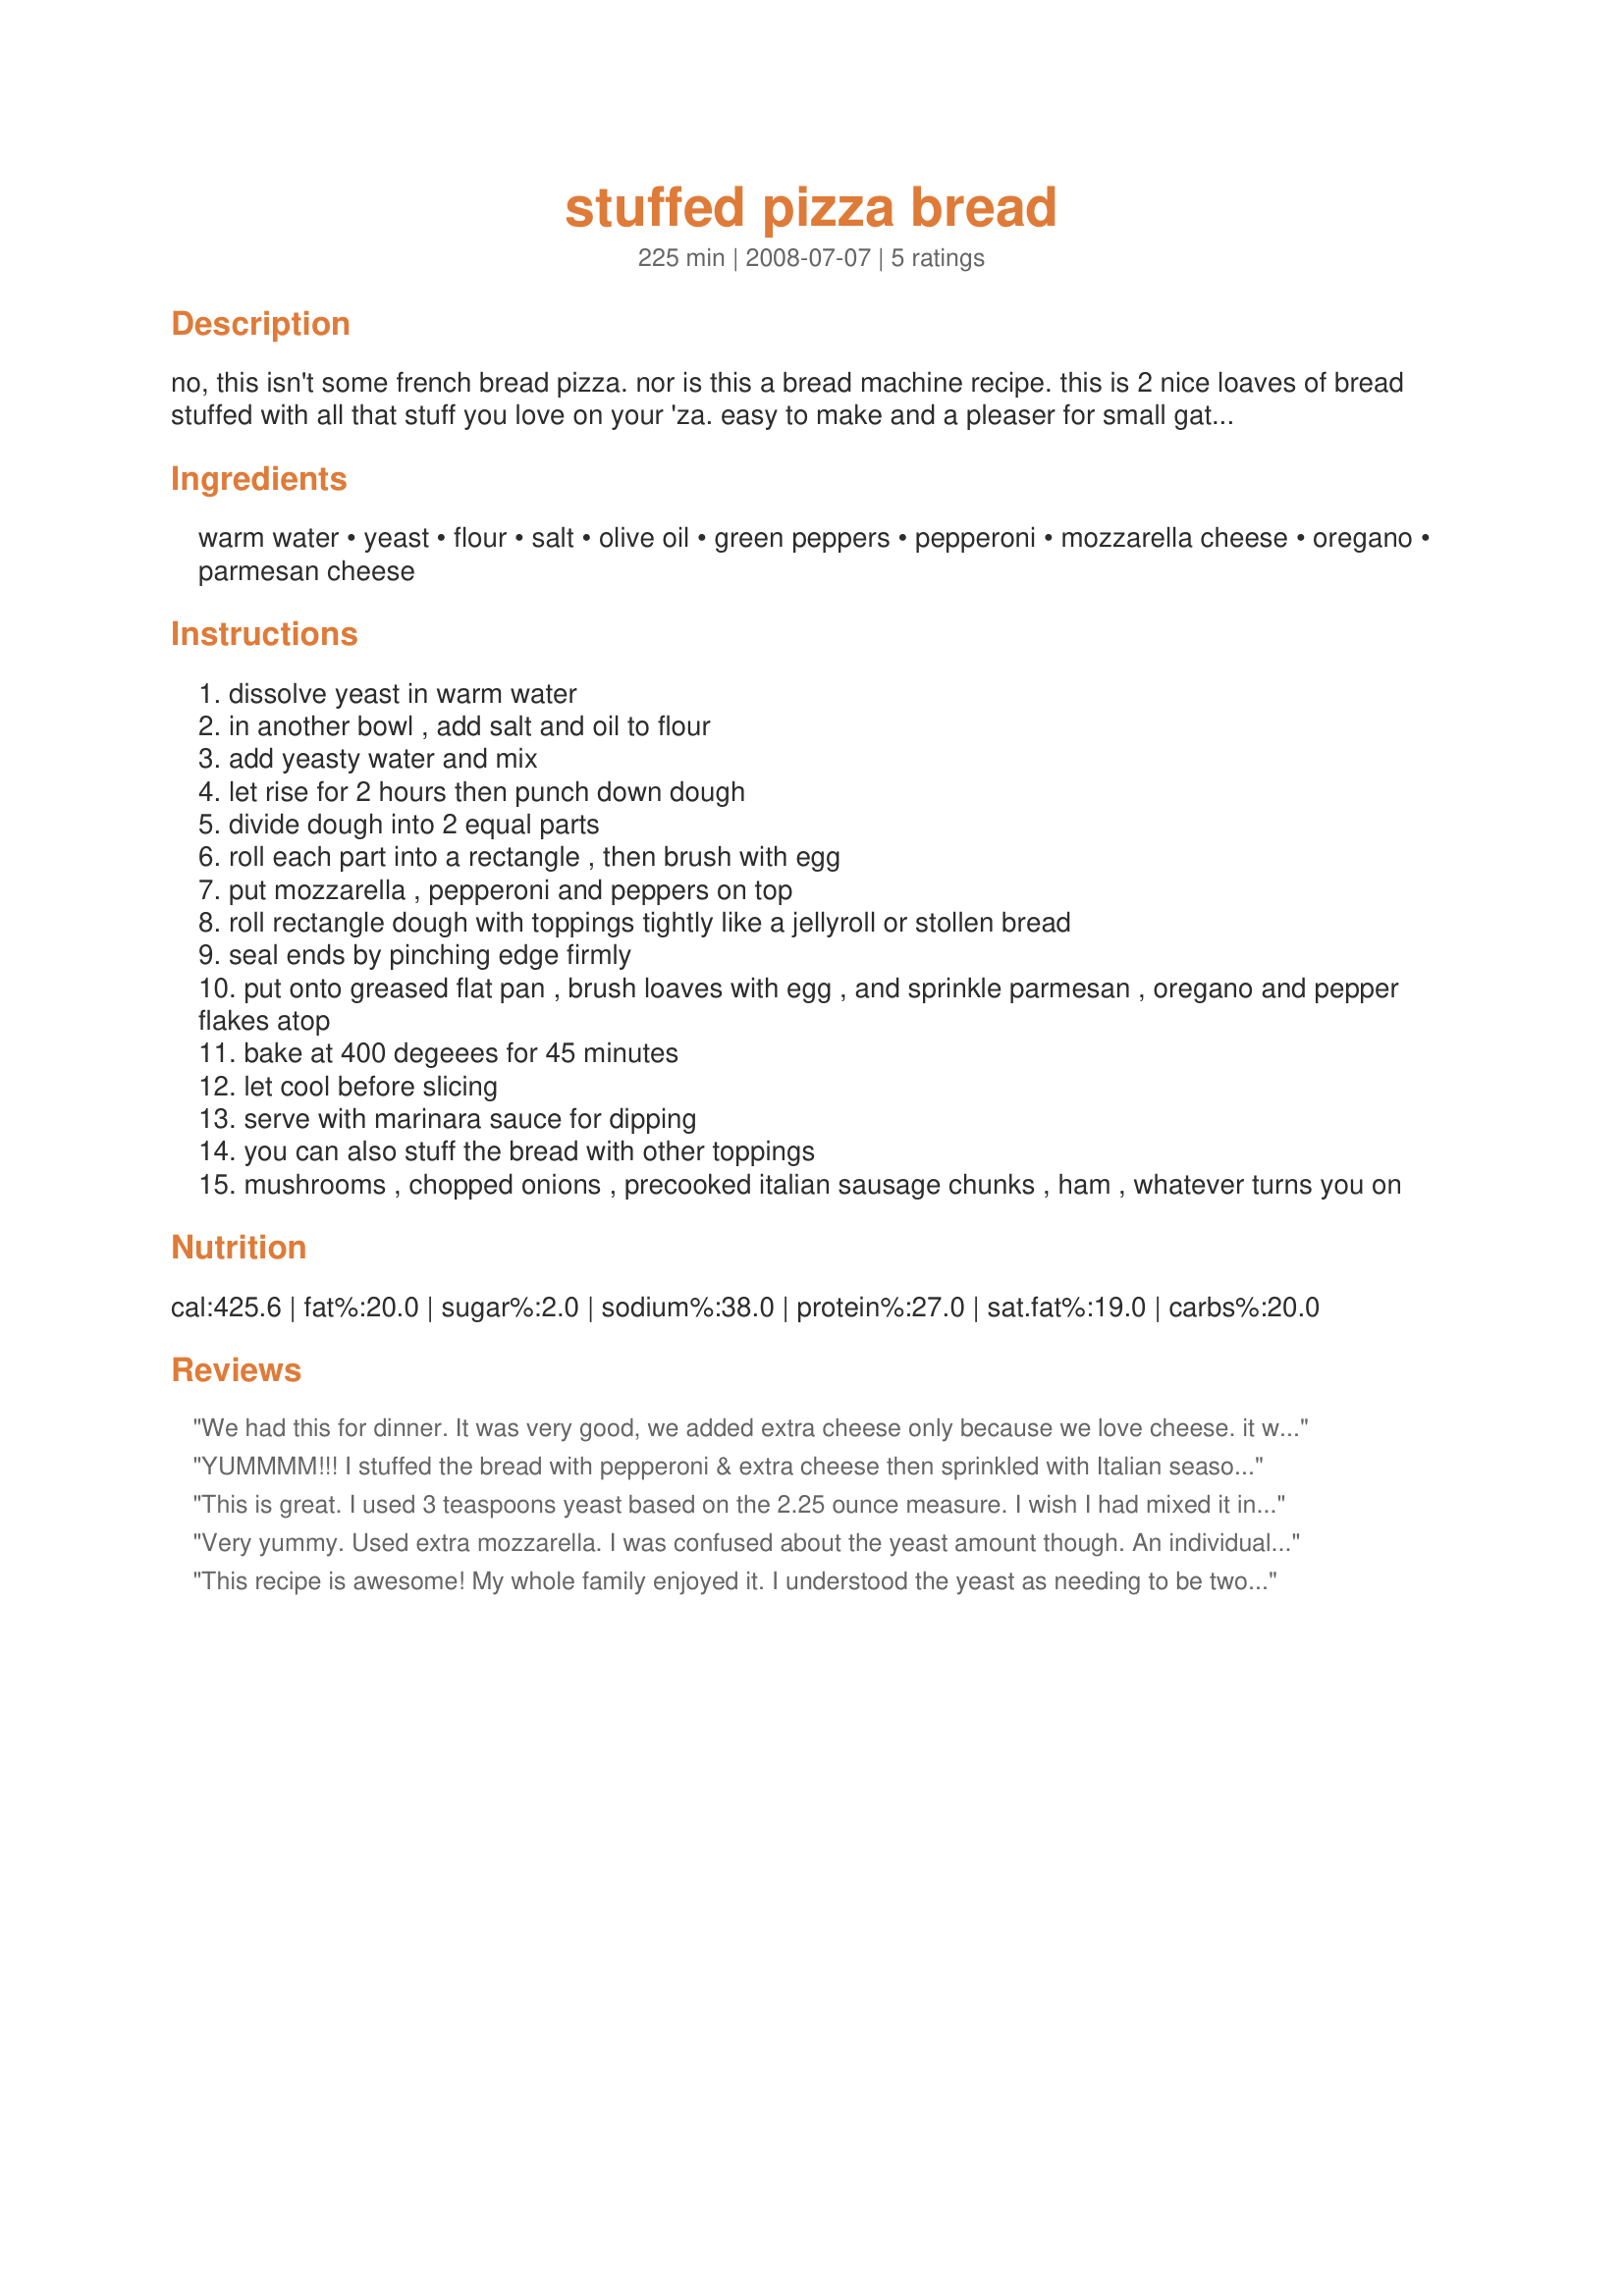
stuffed pizza bread
Preparation time: 225 minutes

no, this isn't some french bread pizza. nor is this a bread machine recipe. this is 2 nice loaves of bread stuffed with all that stuff you love on your 'za. easy to make and a pleaser for small gatherings or for yourself.

Ingredients:
warm water, yeast, flour, salt, olive oil, green peppers, pepperoni, mozzarella cheese, oregano, parmesan cheese

Steps:
dissolve yeast in warm water
in another bowl , add salt and oil to flour
add yeasty water and mix
let rise for 2 hours then punch down dough
divide dough into 2 equal parts
roll each part into a rectangle , then brush with egg
put mozzarella , pepperoni and peppers on top
roll rectangle dough with toppings tightly like a jellyroll or stollen bread
seal ends by pinching edge firmly
put onto greased flat pan , brush loaves with egg , and sprinkle parmesan , oregano and pepper flakes atop
bake at 400 degeees for 45 minutes
let cool before slicing
serve with marinara sauce for dipping
you can also stuff the bread with other toppings
mushrooms , chopped onions , precooked italian sausage chunks , ham , whatever turns you on

Reviews:
We had this for dinner. It was very good, we added extra cheese only because we love cheese. it was very easy to make. My DH and DS loved it, me too. We will making this for a very long time. So much better than a pizza. VERY YUMMY
YUMMMM!!! I stuffed the bread with pepperoni & extra cheese then sprinkled with Italian seasonings. Made from the orphange Fall PAC 2008
This is great. I used 3 teaspoons yeast based on the 2.25 ounce measure. I wish I had mixed it in my KitchenAid mixer; instead, I mixed it by hand and that was okay â€” it seemed to mix well and worked okay. If you choose to mix this by hand, this is for the experienced cook! Thanks, Potatoes Browning! Made for <b>PAC Fall '08.</b>
Very yummy. Used extra mozzarella. I was confused about the yeast amount though. An individual packet of yeast weighs 1/4 oz, which means you'd need 9 packets to get 2 1/4 oz. of yeast! That seemed a bit excessive. :-) Maybe 2 1/4 tsp. was meant? At any rate, I used about three teaspoons and that worked just fine. The bread dough was very easy to make.
This recipe is awesome! My whole family enjoyed it. I understood the yeast as needing to be two packets which if measuring is 1tbsp & 1/2tsp of yeast. My dough rose very quickly and was ready in one hour. We used a ton of extra cheese, pepperoni, italian sausage and black olives and it cooked perfectly fine. Due to my oven, I think, I turned my baking sheet at about halfway so one loaf would not be darker than the other. I'm just a beginner at bread making and I found this recipe easy to make :-) Thanks!
